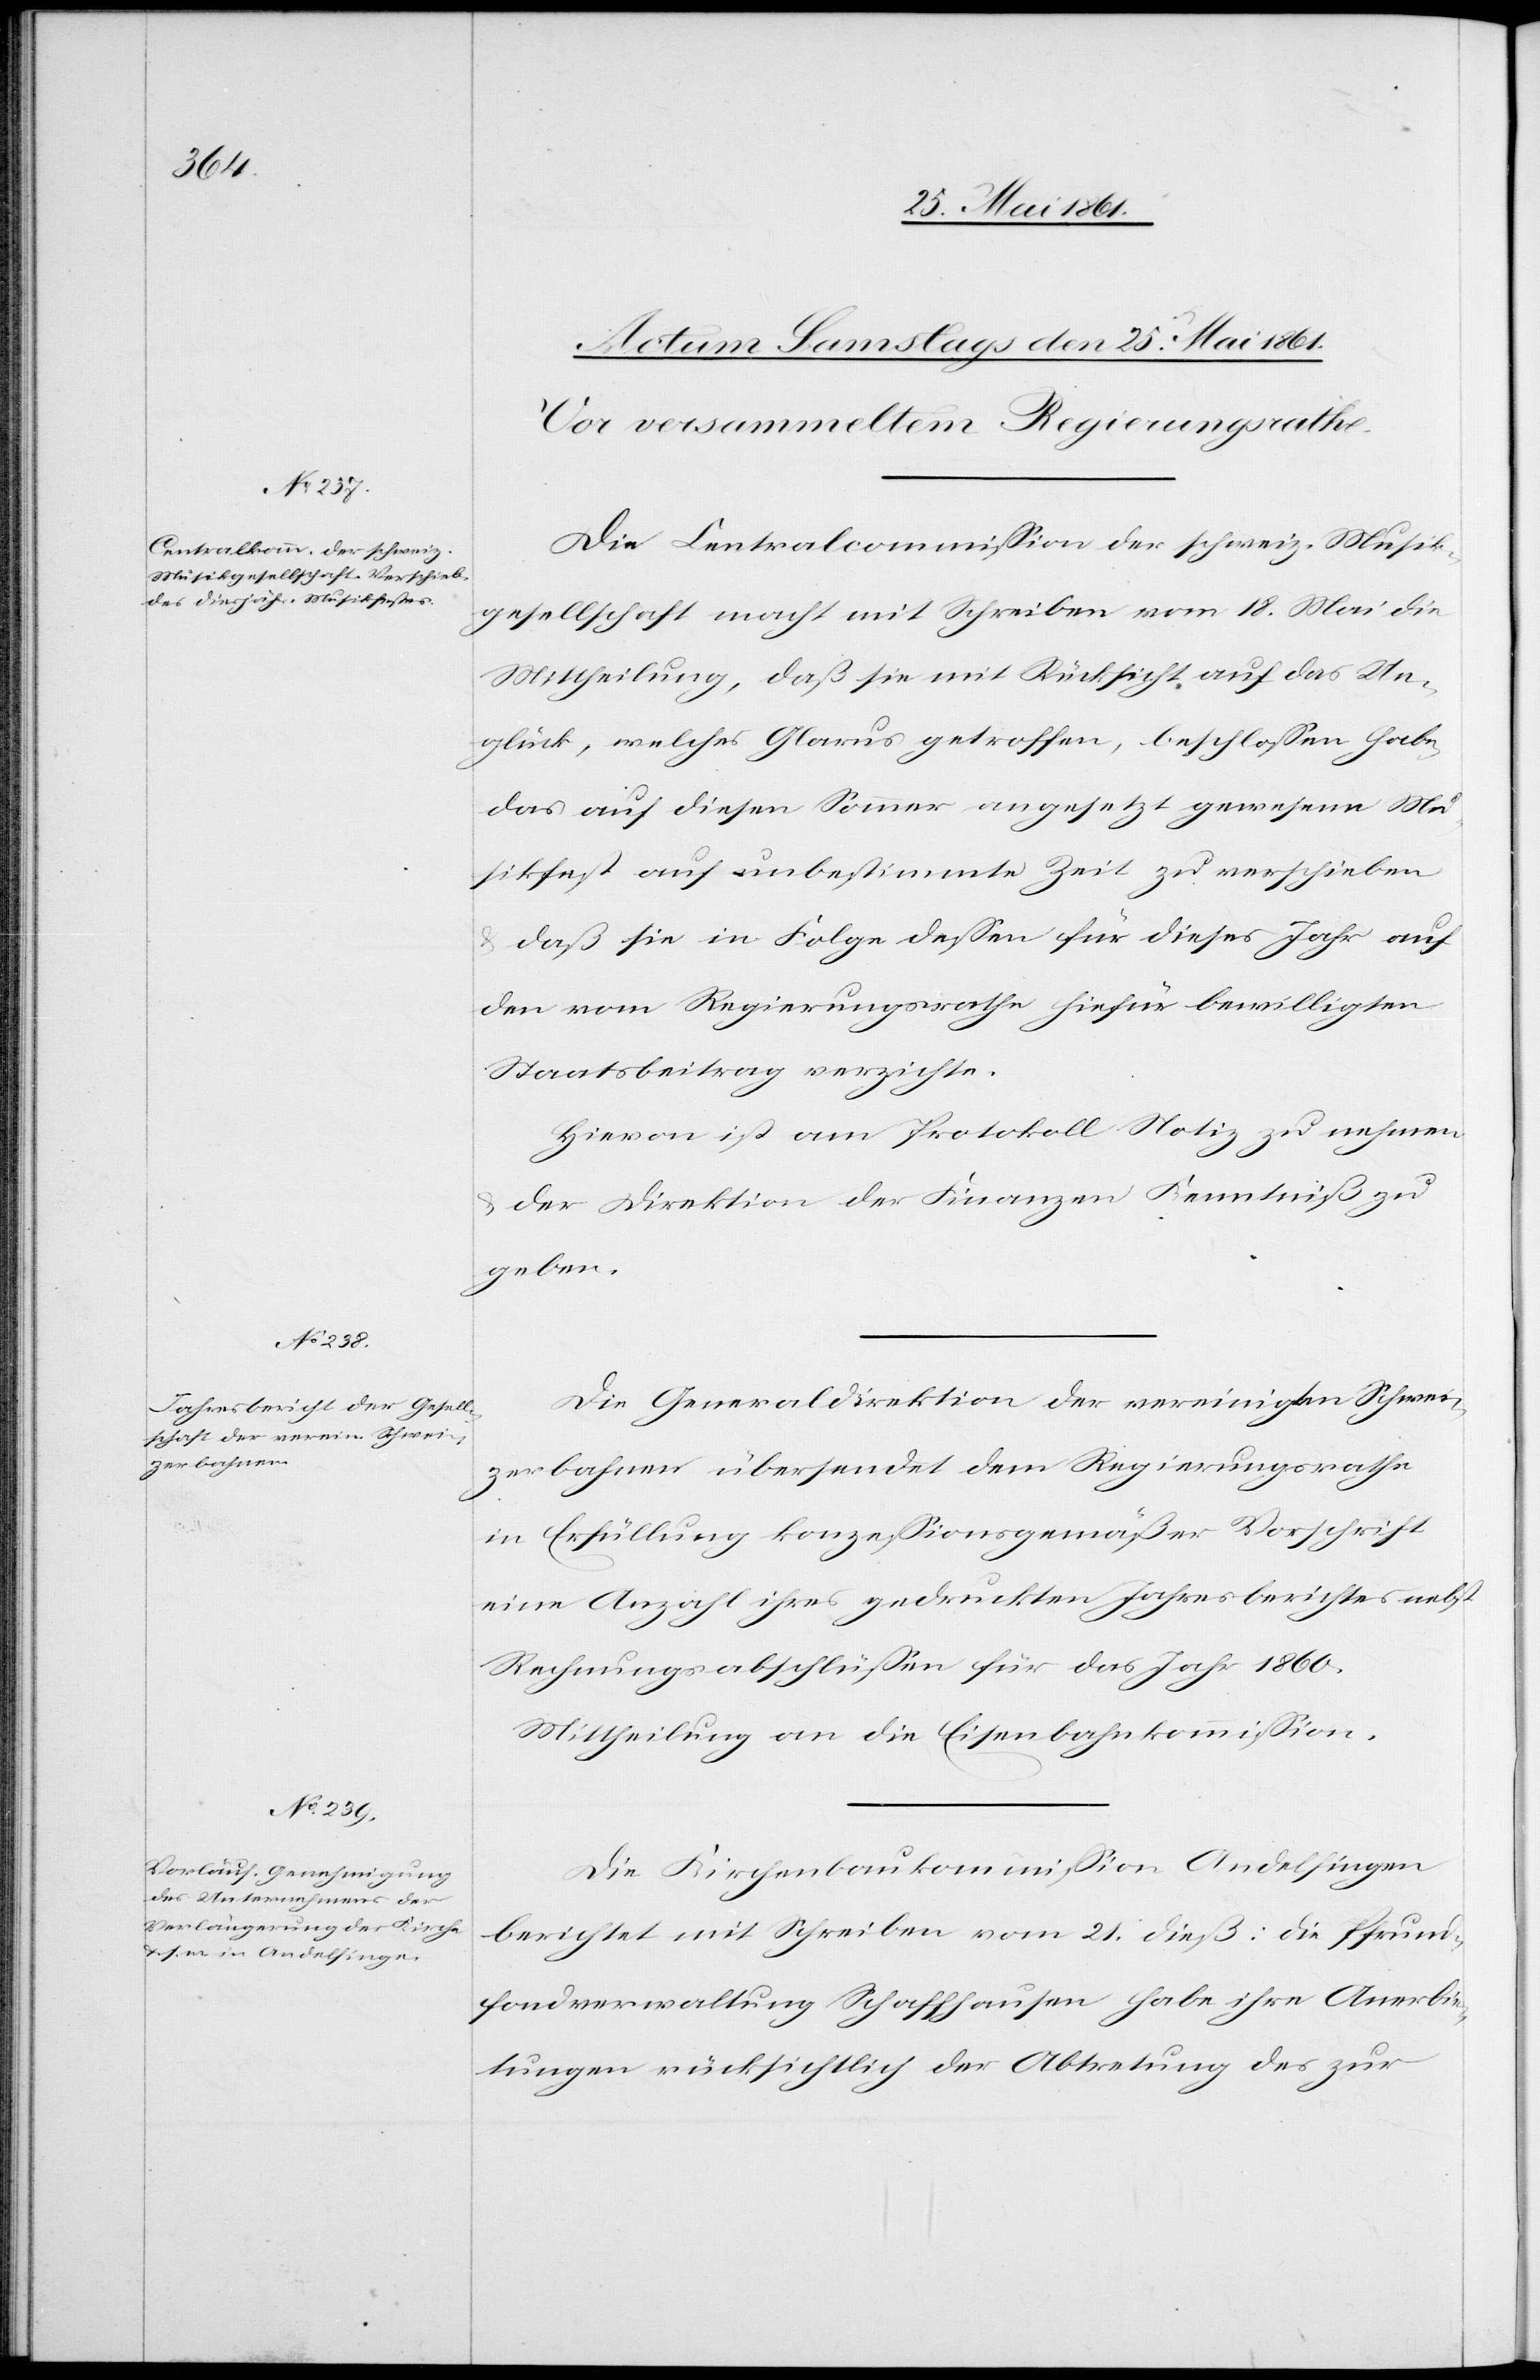
Die Centralcommission der schweiz. Musik¬
gesellschaft macht mit Schreiben vom 18. Mai die
Mittheilung, daß sie mit Rücksicht auf das Un¬
glück, welches Glarus getroffen, beschlossen habe,
das auf diesen Sommer angesetzt gewesene Mu¬
sikfest auf unbestimmte Zeit zu verschieben
daß sie in Folge dessen für dieses Jahr auf
den vom Regierungsrathe hiefür bewilligten
Staatsbeitrag verzichte.
Hievon ist am Protokoll Notiz zu nehmen
u. der Direktion der Finanzen Kenntniß zu
geben.
Die Generaldirektion der vereinigten Schwei¬
zerbahnen übersendet dem Regierungsrathe
in Erfüllung konzessionsgemäßer Vorschrift
eine Anzahl ihres gedruckten Jahresberichtes nebst
Rechnungsabschlüssen für das Jahr 1860.
Mittheilung an die Eisenbahnkommission.
Die Kirchenbaukommission Andelfingen
berichtet mit Schreiben vom 21. dieß: die Pfrund¬
fondverwaltung Schaffhausen habe ihre Anerbie¬
tung rücksichtlich der Abtretung des zur